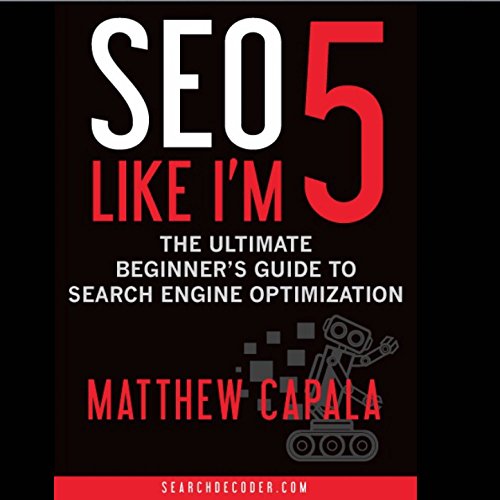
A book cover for SEO Like I'm 5: The Ultimate Beginner's Guide to Search Engine Optimization; Matthew Capala; Computers & Technology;